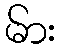
မ်ား